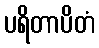
ပရိတာပိတံ